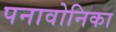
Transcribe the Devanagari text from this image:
पनावोनिका